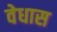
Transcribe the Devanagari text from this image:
वेधास